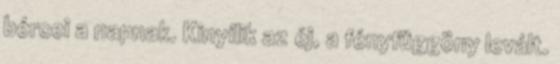
bércei a napnak. Kinyílik az éj, a fényfüggöny levált.